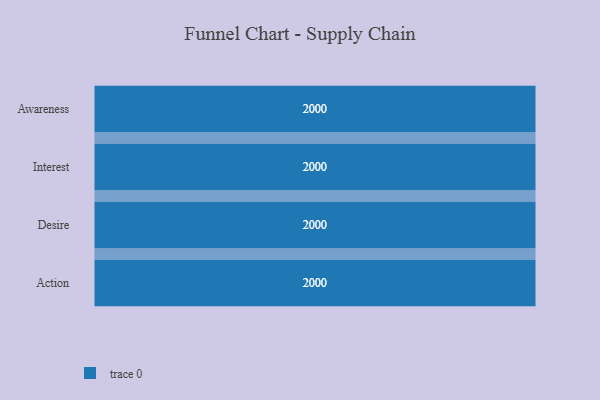
{"axis": {"x": "Stage", "y": "Value"}, "legend": [""], "data": [{"x": "Awareness", "y": 2000, "type": ""}, {"x": "Interest", "y": 2000, "type": ""}, {"x": "Desire", "y": 2000, "type": ""}, {"x": "Action", "y": 2000, "type": ""}]}